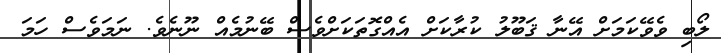
ލޯބި ވެވޭކަމަށް އޭނާ ޤަބޫލު ކުރާކަށް އެއްގޮތަކަށްވެސް ބޭނުމެއް ނޫނެވެ. ނަމަވެސް ހަމަ